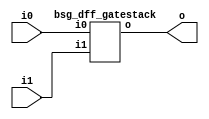


module top
(
  i0,
  i1,
  o
);

  input [15:0] i0;
  input [15:0] i1;
  output [15:0] o;

  bsg_dff_gatestack
  wrapper
  (
    .i0(i0),
    .i1(i1),
    .o(o)
  );


endmodule



module bsg_dff_gatestack
(
  i0,
  i1,
  o
);

  input [15:0] i0;
  input [15:0] i1;
  output [15:0] o;
  wire [15:0] o;
  reg o_0_sv2v_reg,o_1_sv2v_reg,o_2_sv2v_reg,o_3_sv2v_reg,o_4_sv2v_reg,o_5_sv2v_reg,
  o_6_sv2v_reg,o_7_sv2v_reg,o_8_sv2v_reg,o_9_sv2v_reg,o_10_sv2v_reg,o_11_sv2v_reg,
  o_12_sv2v_reg,o_13_sv2v_reg,o_14_sv2v_reg,o_15_sv2v_reg;
  assign o[0] = o_0_sv2v_reg;
  assign o[1] = o_1_sv2v_reg;
  assign o[2] = o_2_sv2v_reg;
  assign o[3] = o_3_sv2v_reg;
  assign o[4] = o_4_sv2v_reg;
  assign o[5] = o_5_sv2v_reg;
  assign o[6] = o_6_sv2v_reg;
  assign o[7] = o_7_sv2v_reg;
  assign o[8] = o_8_sv2v_reg;
  assign o[9] = o_9_sv2v_reg;
  assign o[10] = o_10_sv2v_reg;
  assign o[11] = o_11_sv2v_reg;
  assign o[12] = o_12_sv2v_reg;
  assign o[13] = o_13_sv2v_reg;
  assign o[14] = o_14_sv2v_reg;
  assign o[15] = o_15_sv2v_reg;

  always @(posedge i1[0]) begin
    if(1'b1) begin
      o_0_sv2v_reg <= i0[0];
    end 
  end


  always @(posedge i1[1]) begin
    if(1'b1) begin
      o_1_sv2v_reg <= i0[1];
    end 
  end


  always @(posedge i1[2]) begin
    if(1'b1) begin
      o_2_sv2v_reg <= i0[2];
    end 
  end


  always @(posedge i1[3]) begin
    if(1'b1) begin
      o_3_sv2v_reg <= i0[3];
    end 
  end


  always @(posedge i1[4]) begin
    if(1'b1) begin
      o_4_sv2v_reg <= i0[4];
    end 
  end


  always @(posedge i1[5]) begin
    if(1'b1) begin
      o_5_sv2v_reg <= i0[5];
    end 
  end


  always @(posedge i1[6]) begin
    if(1'b1) begin
      o_6_sv2v_reg <= i0[6];
    end 
  end


  always @(posedge i1[7]) begin
    if(1'b1) begin
      o_7_sv2v_reg <= i0[7];
    end 
  end


  always @(posedge i1[8]) begin
    if(1'b1) begin
      o_8_sv2v_reg <= i0[8];
    end 
  end


  always @(posedge i1[9]) begin
    if(1'b1) begin
      o_9_sv2v_reg <= i0[9];
    end 
  end


  always @(posedge i1[10]) begin
    if(1'b1) begin
      o_10_sv2v_reg <= i0[10];
    end 
  end


  always @(posedge i1[11]) begin
    if(1'b1) begin
      o_11_sv2v_reg <= i0[11];
    end 
  end


  always @(posedge i1[12]) begin
    if(1'b1) begin
      o_12_sv2v_reg <= i0[12];
    end 
  end


  always @(posedge i1[13]) begin
    if(1'b1) begin
      o_13_sv2v_reg <= i0[13];
    end 
  end


  always @(posedge i1[14]) begin
    if(1'b1) begin
      o_14_sv2v_reg <= i0[14];
    end 
  end


  always @(posedge i1[15]) begin
    if(1'b1) begin
      o_15_sv2v_reg <= i0[15];
    end 
  end


endmodule